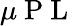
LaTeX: \mu\mathrm{~P~L~}